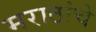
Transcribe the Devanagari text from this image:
मराठांचे